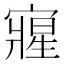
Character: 𭔘